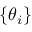
\{ \boldsymbol { \theta } _ { i } \}